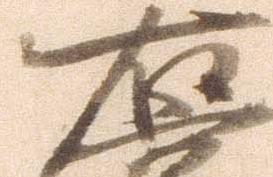
右